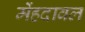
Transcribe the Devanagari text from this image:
मेंहदावल